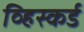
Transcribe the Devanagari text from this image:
व्हिस्कर्ड